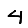
Digit: 4